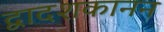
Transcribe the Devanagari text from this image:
द्वादशकानन